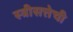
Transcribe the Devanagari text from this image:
स्त्रीसत्तेची